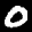
Label: 0